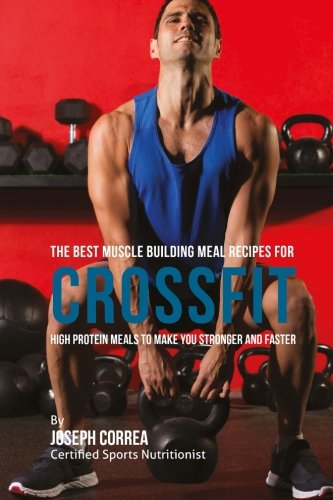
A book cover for The Best Muscle Building Meal Recipes for Crossfit: High Protein Meals to Make You Stronger and Faster; Joseph Correa (Certified Sports Nutritionist); Sports & Outdoors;